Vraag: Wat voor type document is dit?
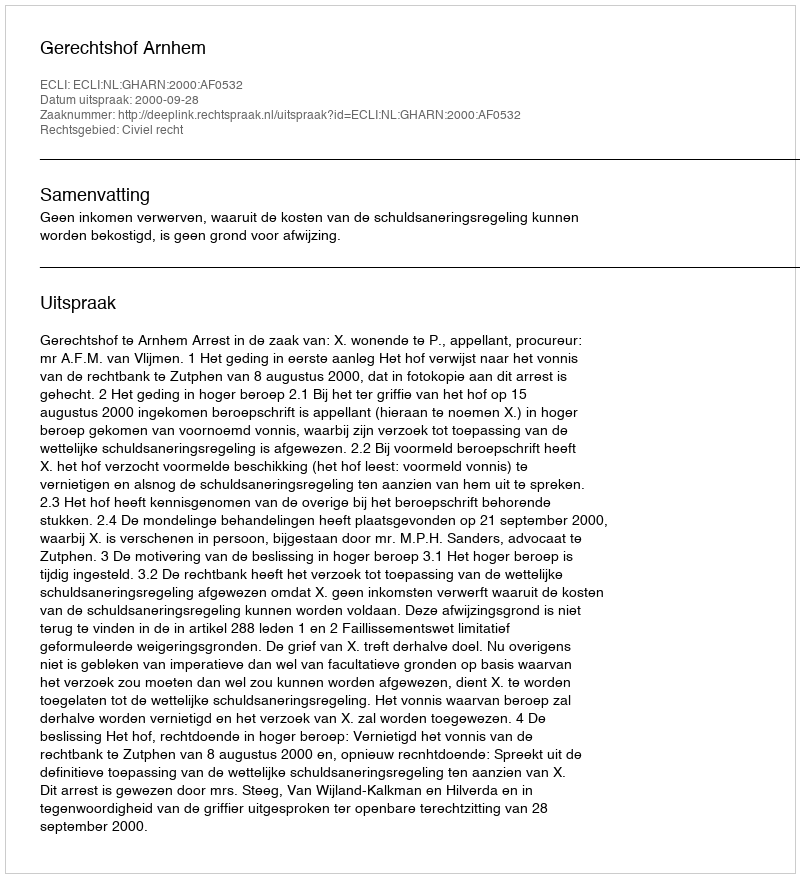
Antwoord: Uitspraak